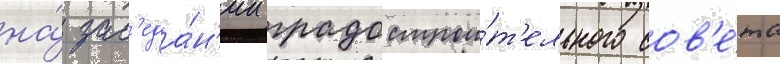
на́ зас'еда́н'ии градострои́т'ельного сов'е́та